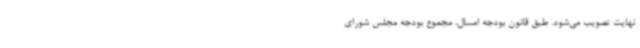
نهایت تصویب می‌شود. طبق قانون بودجه امسال، مجموع بودجه مجلس شورای